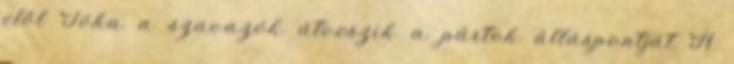
elől Tóka a szavazók átveszik a pártok álláspontját A